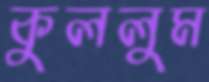
কুললুম